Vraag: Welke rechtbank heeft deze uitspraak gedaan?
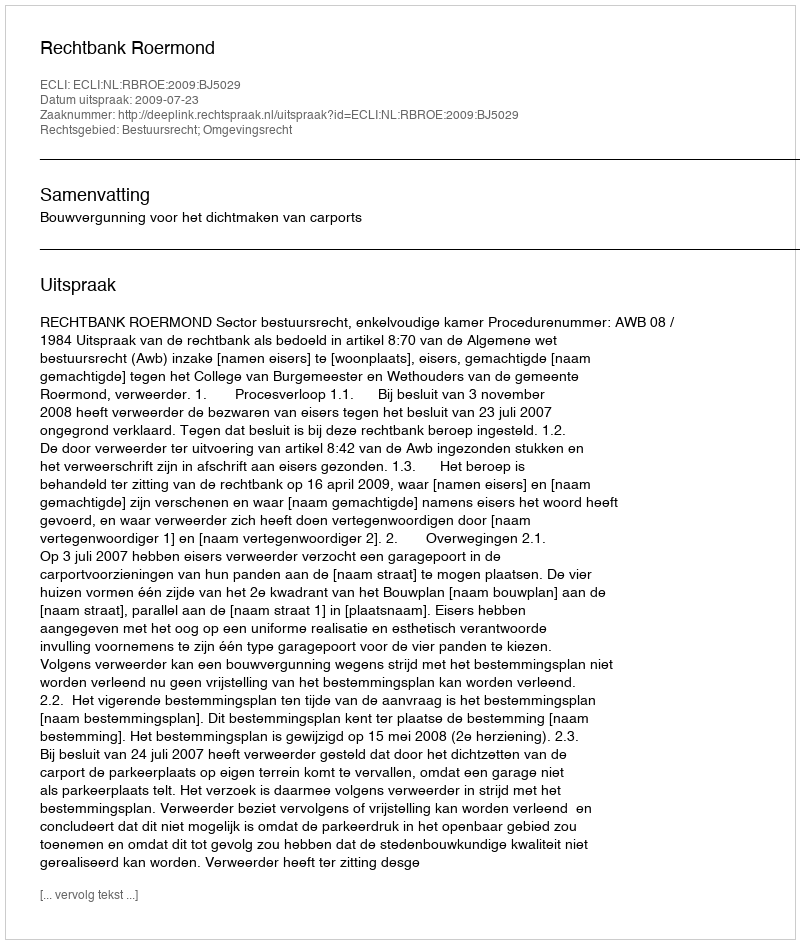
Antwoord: Rechtbank Roermond